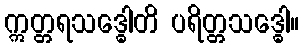
ဣတ္တရသဒ္ဓေါတိ ပရိတ္တသဒ္ဓေါ။